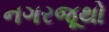
નગરજૂથો